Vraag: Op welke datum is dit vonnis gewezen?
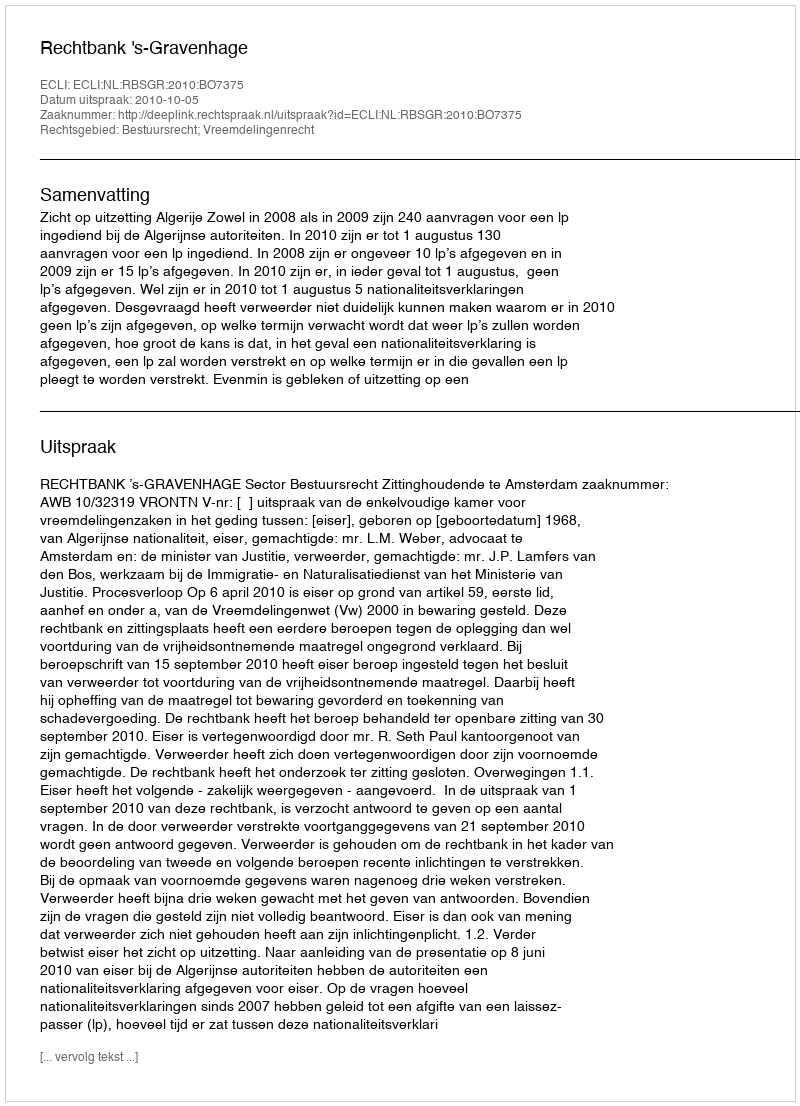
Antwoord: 2010-10-05